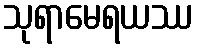
သုရာမေရယဿ